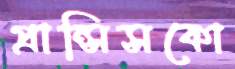
প্রান্সিসকো